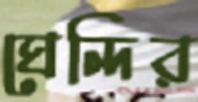
ঘেন্দির